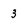
Character: 3